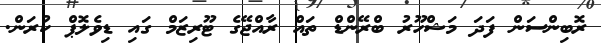
ރޮބިންސަން ފަދަ މަޝްހޫރު ބްރޭންޑް ތައް ރާއްޖޭގެ ޓޫރިޒަމް ގައި ޑިވެލޮޕް ކުރަން.